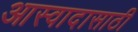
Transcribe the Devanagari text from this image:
आस्वादासाठी